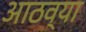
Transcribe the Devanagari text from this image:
आठव्‍या